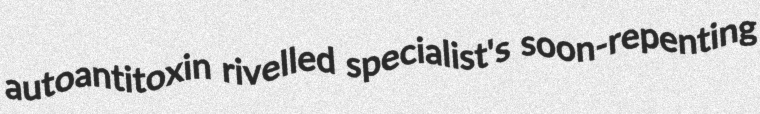
autoantitoxin rivelled specialist's soon-repenting